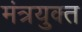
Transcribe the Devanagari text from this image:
मंत्रयुक्त